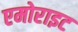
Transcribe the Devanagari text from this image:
एमोराइट